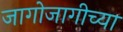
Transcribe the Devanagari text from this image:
जागोजागीच्या